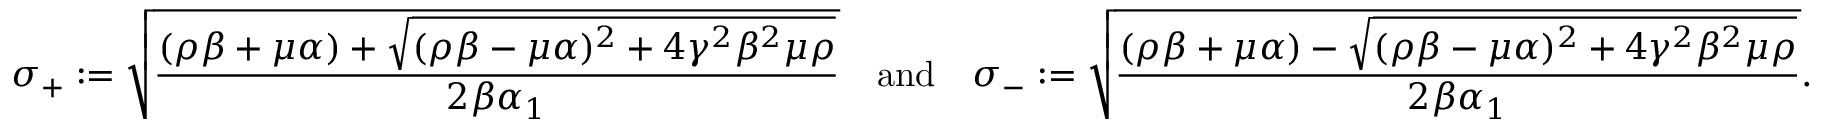
\sigma _ { + } : = \sqrt { \frac { ( \rho \beta + \mu \alpha ) + \sqrt { ( \rho \beta - \mu \alpha ) ^ { 2 } + 4 \gamma ^ { 2 } \beta ^ { 2 } \mu \rho } } { 2 \beta \alpha _ { 1 } } } \quad \mathrm { a n d } \quad \sigma _ { - } : = \sqrt { \frac { ( \rho \beta + \mu \alpha ) - \sqrt { ( \rho \beta - \mu \alpha ) ^ { 2 } + 4 \gamma ^ { 2 } \beta ^ { 2 } \mu \rho } } { 2 \beta \alpha _ { 1 } } } .